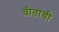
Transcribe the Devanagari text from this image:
चीताची